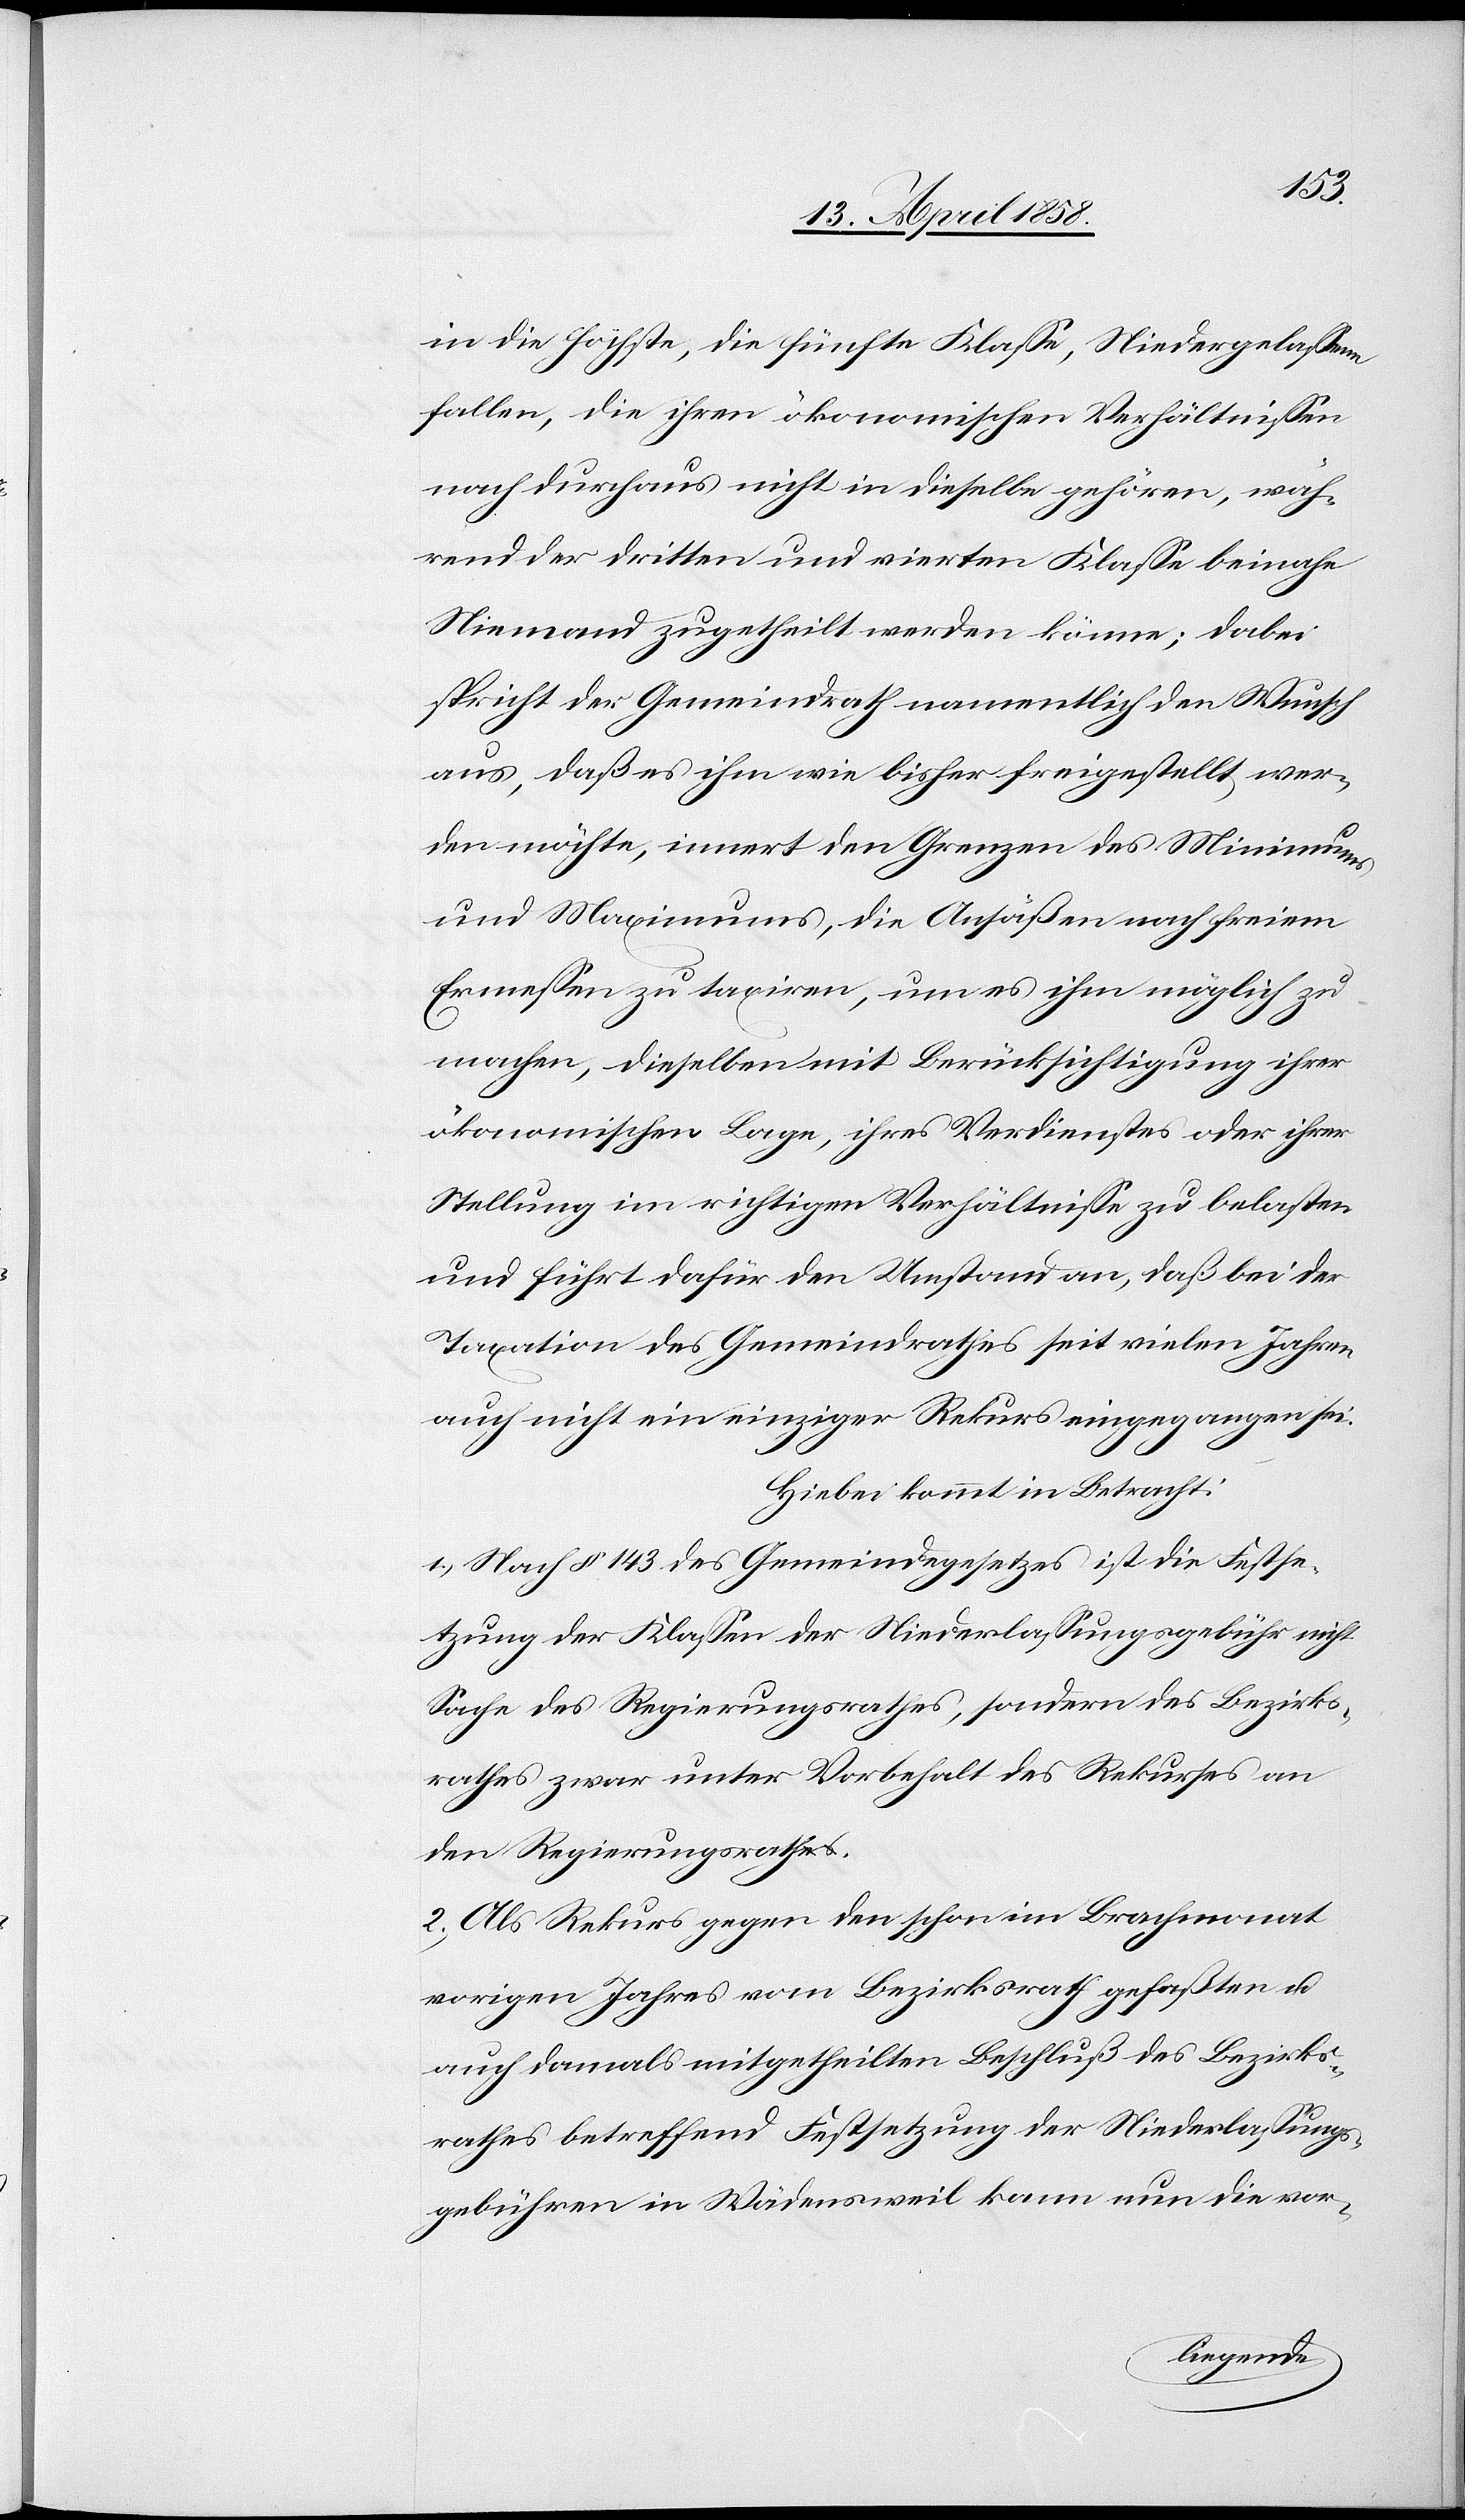
in die höchste, die fünfte Klasse, Niedergelassene
fallen, die ihren ökonomischen Verhältnissen
nach durchaus nicht in dieselbe gehören, wäh¬
rend der dritten und vierten Klasse beinahe
Niemand zugetheilt werde könne; dabei
spricht der Gemeindrath namentlich den Wunsch
aus, daß es ihm wie bisher freigestellt wer¬
den möchte, innert den Grenzen des Minimums
und Maximums, die Ansäßen nach freiem
Ermessen zu taxiren, um es ihm möglich zu
machen, dieselben mit Berücksichtigung ihrer
ökonomischen Lage, ihres Verdienstes oder ihrer
Stellung im richtigen Verhältnisse zu belasten
und führt dafür den Umstand an, daß bei der
Taxation des Gemeindrathes seit vielen Jahren
auch nicht ein einziger Rekurs eingegangen sei.
Hiebei kommt in Betracht:
1.) Nach § 143 des Gemeindegesetzes ist die Festse¬
tzung der Klassen der Niederlassungsgebühr nicht
Sache des Regierungsrathes, sondern des Bezirks¬
rathes zwar unter Vorbehalt des Rekurses an
den Regierungsrath.
2.) Als Rekurs gegen den schon im Brachmonat
vorigen Jahres vom Bezirksrath gefaßten u.
auch damals mitgetheilten Beschluß des Bezirks¬
rathes betreffend Festsetzung der Niederlassungs¬
gebühren in Wädensweil kann nun die vor-